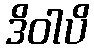
ဒိဝါပိ